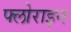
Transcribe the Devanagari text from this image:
फ्लोराइन